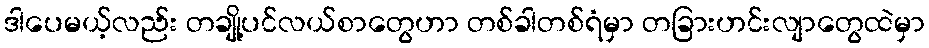
ဒါပေမယ့်လည်း တချို့ပင်လယ်စာတွေဟာ တစ်ခါတစ်ရံမှာ တခြားဟင်းလျာတွေထဲမှာ